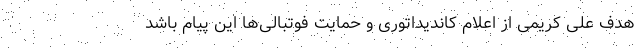
هدف علی کریمی از اعلام کاندیداتوری و حمایت فوتبالی‌ها این پیام باشد